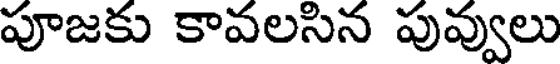
పూజకు కావలసిన పువ్వులు